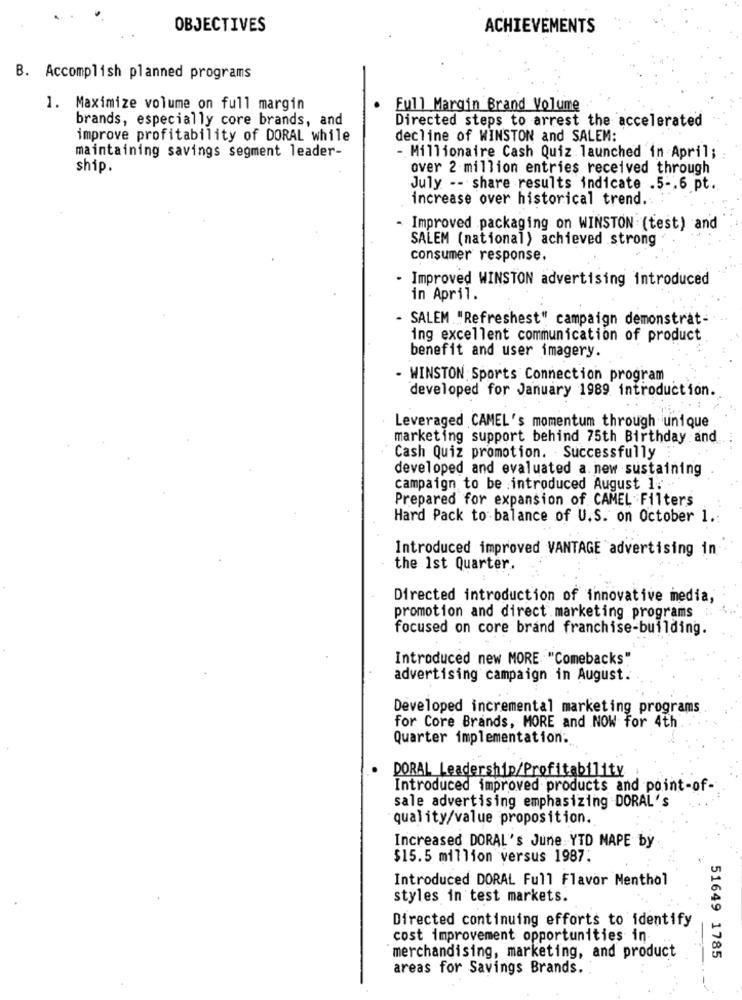
OBJECTIVES
ACHIEVEMENTS
B. Accomplish planned programs
1. Maximize volume on full margin
Full Margin Brand Volume
brands, especially core brands, and
Directed steps to arrest the accelerated
improve profitability of DORAL while
decline of WINSTON and SALEM:
maintaining savings segment leader-
- Millionaire Cash Quiz launched in April;
ship.
over 2 million entries received through
July -- share results indicate .5 -. 6 pt.
increase over historical trend .:
- Improved packaging on WINSTON (test) and
SALEM (national) achieved strong
consumer response.
- Improved WINSTON advertising introduced
in April.
SALEM "Refreshest" campaign demonstrat-
ing excellent communication of product
benefit and user imagery.
- WINSTON Sports Connection program
developed for January 1989 introduction.
Leveraged CAMEL's momentum through unique
marketing support behind 75th Birthday and
Cash Quiz promotion. Successfully
developed and evaluated a. new sustaining
campaign to be introduced August 1.
Prepared for expansion of CAMEL Filters
Hard Pack to balance of U.S. on October 1.
Introduced improved VANTAGE advertising in
the 1st Quarter.
Directed introduction of innovative media,
promotion and direct marketing programs
focused on core brand franchise-building.
Introduced new MORE "Comebacks"
advertising campaign in August.
Developed incremental marketing programs
for Core Brands, MORE and NOW for 4th
Quarter implementation:
DORAL Leadership/Profitability
Introduced improved products and point-of-
sale advertising emphasizing DORAL's
quality/value proposition.
Increased DORAL's June YTD MAPE by
$15.5 million versus 1987.
Introduced DORAL Full Flavor Menthol
styles in test markets.
Directed continuing efforts to identify
cost improvement opportunities in
merchandising, marketing, and product
51649 1785
areas for Savings Brands.